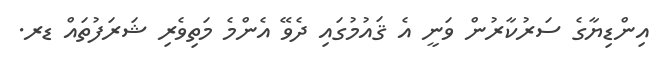
އިންޑިޔާގެ ސަރުކާރުން ވަނީ އެ ޤައުމުގައި ދެވޭ އެންމެ މަތިވެރި ޝަރަފުތައް ޑރ.